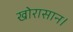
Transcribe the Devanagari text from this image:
खोरासान।